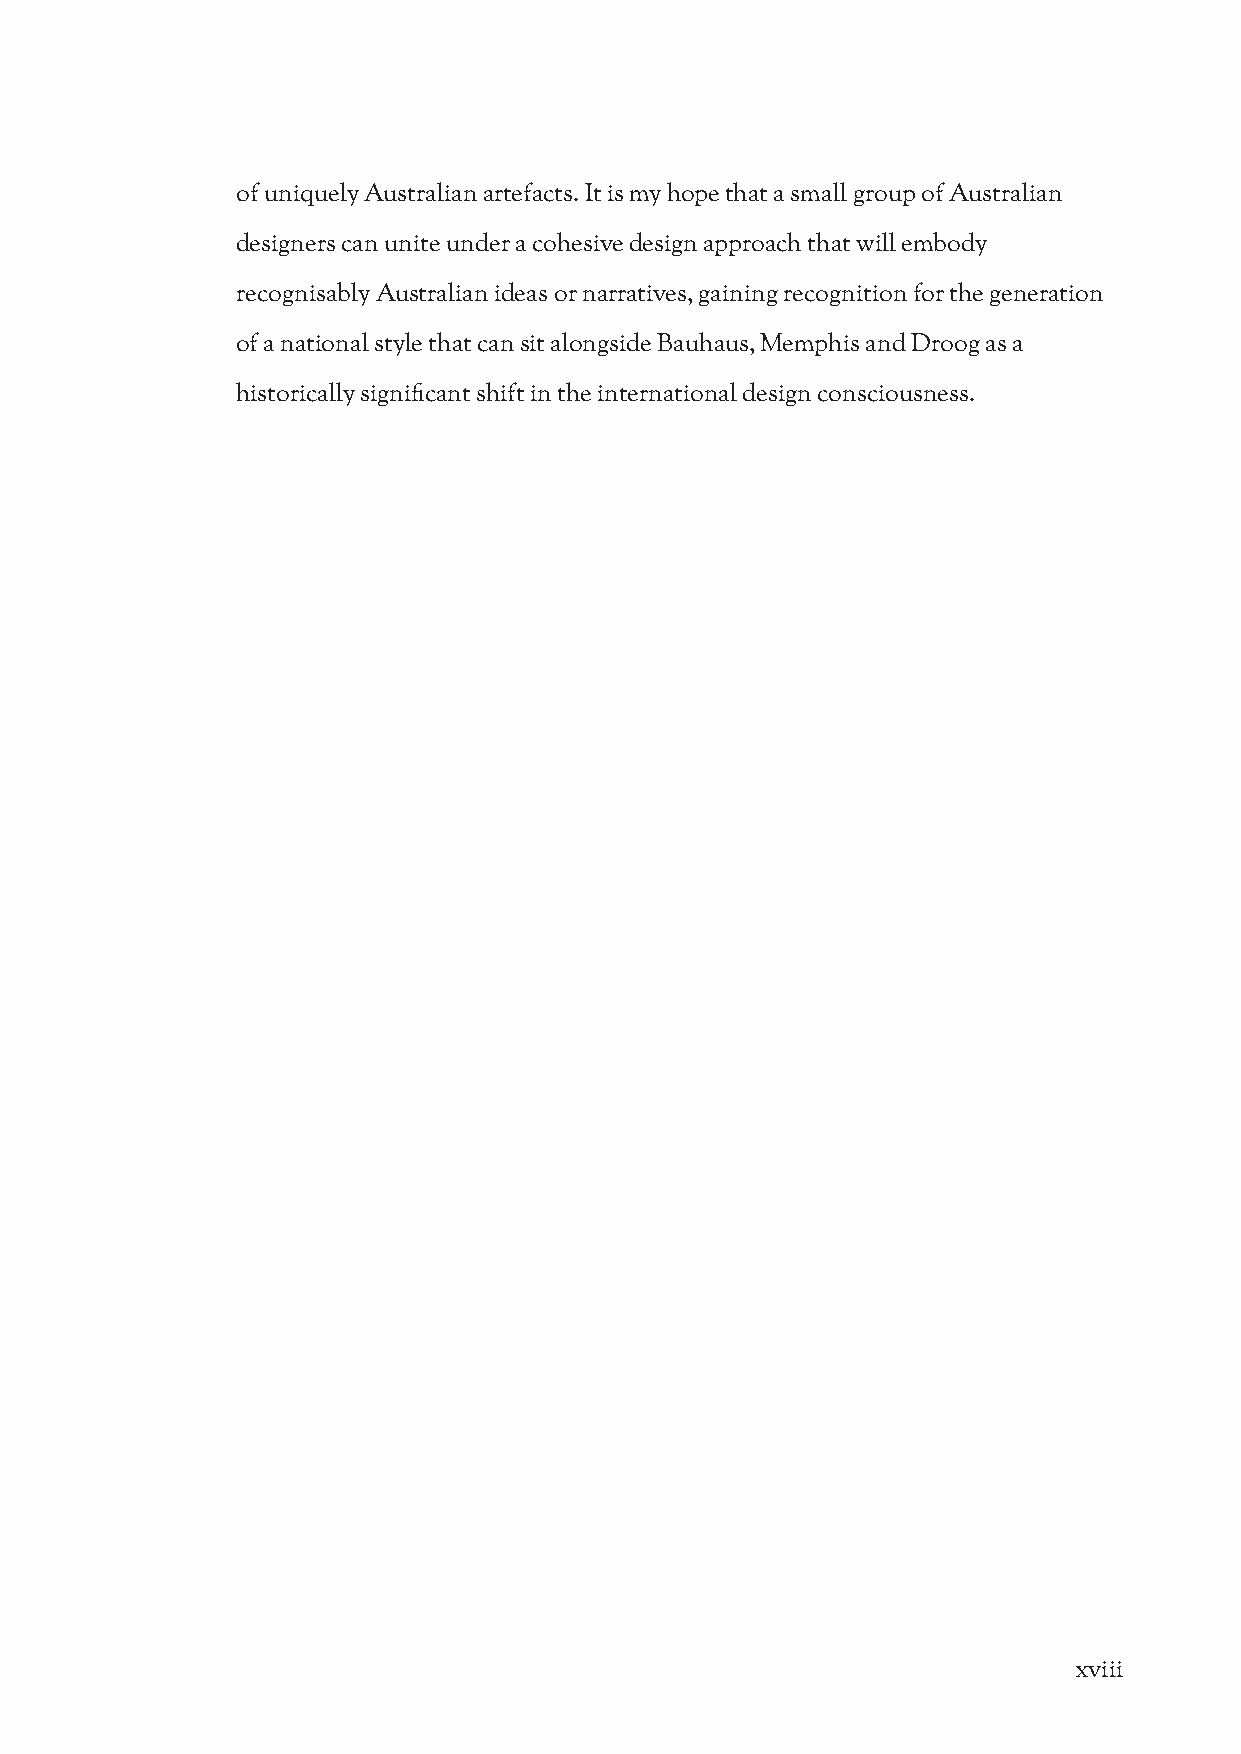
of uniquely Australian artefacts. It is my hope that a small group of Australian
 designers can unite under a cohesive design approach that will embody
 recognisably Australian ideas or narratives, gaining recognition for the generation
 of a national style that can sit alongside Bauhaus, Memphis and Droog as a
 historically significant shift in the international design consciousness.
 xviii